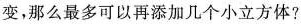
变，那么最多可以再添加几个小立方体？